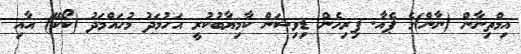
އިމްތިނާން (ނާން)ގެ ޕެއާ. ފިރިހެން ޑިވިޝަން ކާމިޔާބުކުރީ އަހުމަދު މުހައްމަދު (ކޯކޭ) އާއި